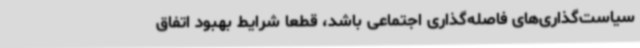
سیاست‌گذاری‌های فاصله‌گذاری اجتماعی باشد، قطعا شرایط بهبود اتفاق